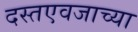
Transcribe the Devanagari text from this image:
दस्तएवजाच्या